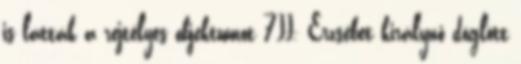
is látták a rejtélyes objektumot 7II. Erzsébet királynő döglött